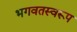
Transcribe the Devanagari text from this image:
भगवतस्वरूप